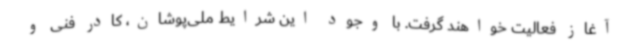
آغاز فعالیت خواهند گرفت. با وجود این شرایط ملی‌پوشان، کادر فنی و